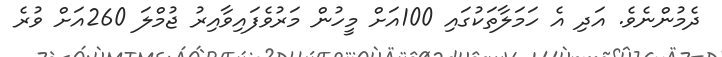
ދެމުންނެވެ. އަދި އެ ހަމަލާތަކުގައި 100އަށް މީހުން މަރުވެފައިވާއިރު ޖުމްލަ 260އަށް ވުރެ